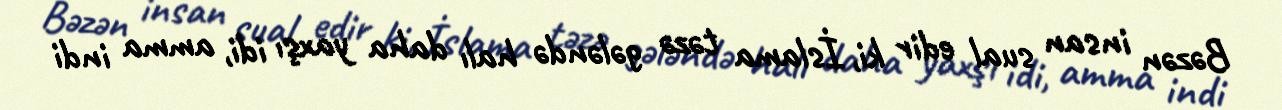
Bəzən insan sual edir ki, İslama təzə gələndə halı daha yaxşı idi, amma indi